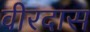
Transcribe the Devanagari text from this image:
वीरदास